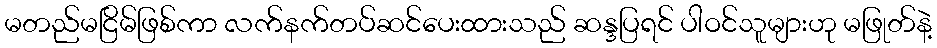
မတည်မငြိမ်ဖြစ်ကာ လက်နက်တပ်ဆင်ပေးထားသည် ဆန္ဒပြရင် ပါဝင်သူများဟု မဖြုတ်နဲ့